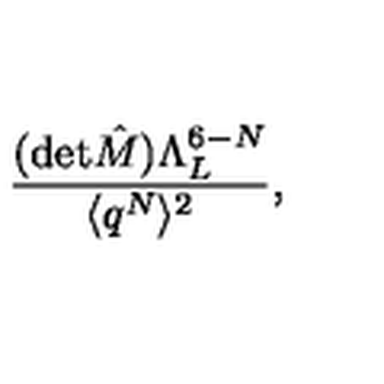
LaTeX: \frac { ( \mathrm { d e t } \hat { M } ) \Lambda _ { L } ^ { 6 - N } } { \langle q ^ { N } \rangle ^ { 2 } } ,